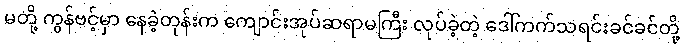
မတို့ ကွန်ဗင့်မှာ နေခဲ့တုန်းက ကျောင်းအုပ်ဆရာမကြီး လုပ်ခဲ့တဲ့ ဒေါ်ကက်သရင်းခင်ခင်တို့